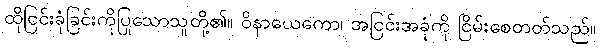
ထိုငြင်းခုံခြင်းကိုပြုသောသူတို့၏။ ဝိနာယေကော၊ အငြင်းအခုံကို ငြိမ်းစေတတ်သည်။